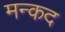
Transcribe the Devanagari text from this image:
मन्कद